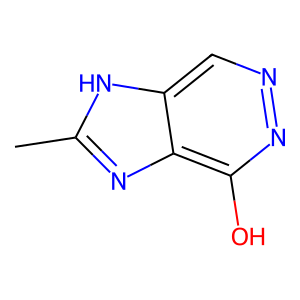
SMILES: Cc1nc2c(O)nncc2[nH]1
Inhibits HIV replication: No